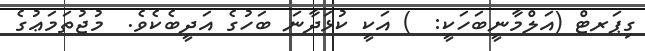
ގިޕަރޓް (އަލްމާނީބަހަކީ:  ) އަކީ ކުޅަދާނަ ބަހުގެ އަދީބެކެވެ.  މުޖުތަމަޢުގެ